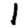
Digit: 1